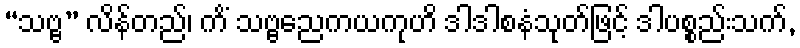
“သဗ္ဗ” လိန်တည်၊ ကိံ သဗ္ဗညေကယကုဟိ ဒါဒါစနံသုတ်ဖြင့် ဒါပစ္စည်းသက်,